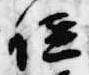
位